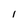
Character: I